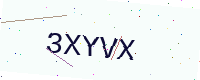
Text: 3XYVX